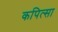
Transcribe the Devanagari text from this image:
कपित्सा